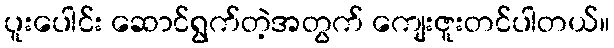
ပူးပေါင်း ဆောင်ရွက်တဲ့အတွက် ကျေးဇူးတင်ပါတယ်။